Indian journal of veterinary science and animal husbandry - Volumes 18-21, 1948-1951
Year: 1948
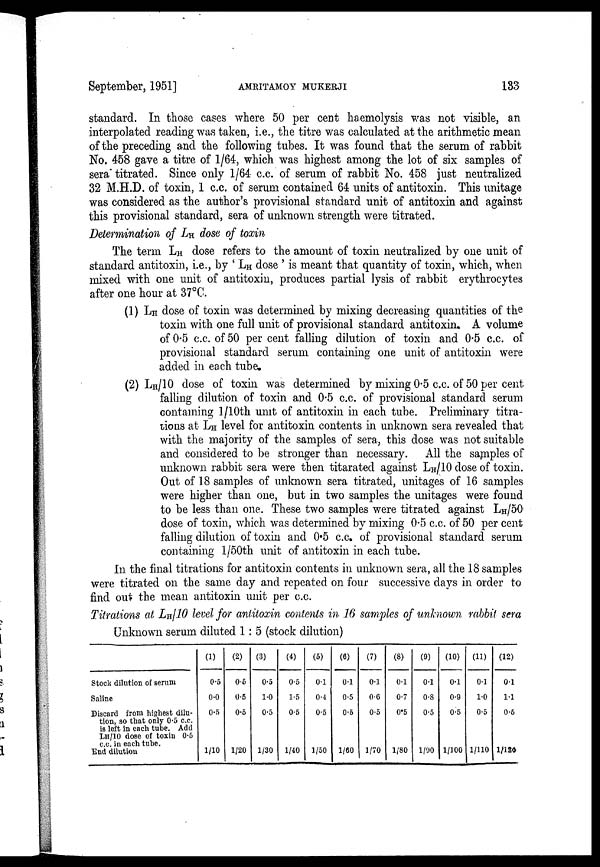
September, 1951]
AMRITAMOY
MUKERJI
133
standard. In those cases where 50 per cent haemolysis was not visible, an
interpolated reading was taken, i.e., the titre was calculated at the arithmetic mean
of the preceding and the following tubes. It was found that the serum of rabbit
No. 458 gave a titre of 1/64, which was highest among the lot of six samples of
sera titrated. Since only 1/64 c.c. of serum of rabbit No. 458 just neutralized
32 M.H.D. of toxin, 1 c.c. of serum contained 64 units of antitoxin. This unitage
was considered as the author's provisional standard unit of antitoxin and against
this provisional standard, sera of unknown strength were titrated.
Determination of L H dose of toxin
The term L H dose refers to the amount of toxin neutralized by one unit of
standard antitoxin, i.e., by ' L H dose ' is meant that quantity of toxin, which, when
mixed with one unit of antitoxin, produces partial lysis of rabbit erythrocytes
after one hour at 37°C.
(1) L H dose of toxin was determined by mixing decreasing quantities of the
toxin with one full unit of provisional standard antitoxin. A volume
of 0.5 c.c. of 50 per cent falling dilution of toxin and 0.5 c.c. of
provisional standard serum containing one unit of antitoxin were
added in each tube.
(2) L H /10 dose of toxin was determined by mixing 0.5 c.c. of 50 per cent
falling dilution of toxin and 0.5 c.c. of provisional standard serum
containing l/10th unit of antitoxin in each tube. Preliminary titra-
tions at L H level for antitoxin contents in unknown sera revealed that
with the majority of the samples of sera, this dose was not suitable
and considered to be stronger than necessary. All the samples of
unknown rabbit sera were then titarated against L H /10 dose of toxin.
Out of 18 samples of unknown sera titrated, unitages of 16 samples
were higher than one, but in two samples the unitages were found
to be less than one. These two samples were titrated against L H /50
dose of toxin, which was determined by mixing 0.5 c.c. of 50 per cent
falling dilution of toxin and 0.5 c.c. of provisional standard serum
containing l/50th unit of antitoxin in each tube.
In the final titrations for antitoxin contents in unknown sera, all the 18 samples
were titrated on the same day and repeated on four successive days in order to
find out the mean antitoxin unit per c.c.
Titrations at L H /10 level for antitoxin contents in 16 samples of unknown rabbit sera
Unknown serum diluted 1: 5 (stock dilution)
Stock dilution of serum
Saline
Discard from highest dilu-
tion, so that only 0.5 c.c.
is left in each tube. Add
L H /10 dose of toxin 0.5
c.c. in each tube.
End dilution
(1)
0.5
0.0
0.5
1/10
(2)
0.5
0.5
0.5
1/20
(3)
0.5
1.0
0.5
1/30
(4)
0.5
1.5
0.5
1/40
(5)
0.1
0.4
0.5
1/50
(6)
0.1
0.5
0.5
1/60
(7)
0.1
0.6
0.5
1/70
(8)
0.1
0.7
0.5
1/80
(9)
0.1
0.8
0.5
1/90
(10)
0.1
0.9
0.5
1/100
(11)
0.1
1.0
0.5
1/110
(12)
0.1
1.1
0.5
1/120